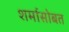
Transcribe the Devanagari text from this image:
शर्मासोबत